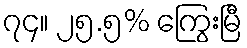
၇၄။ ၂၅.၅% ကြွေးမြီ